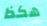
هكذا